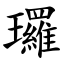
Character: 㼈